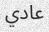
عادي